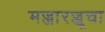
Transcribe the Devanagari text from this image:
मज्जारज्जूचा